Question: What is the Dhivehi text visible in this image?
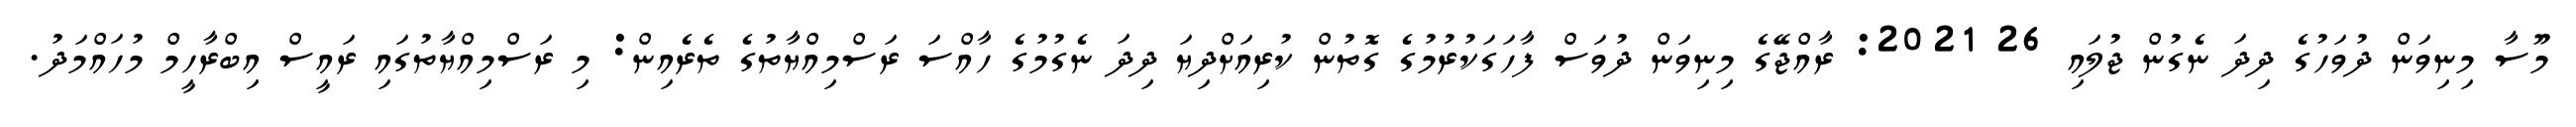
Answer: މޫސާ މިނިވަން ދުވަހުގެ ދިދަ ނެގުން ޖުލައި 26 2021: ރާއްޖޭގެ މިނިވަން ދުވަސް ފާހަގަކުރުމުގެ ގޮތުން ކުރިއަށްދިޔަ ދިދަ ނެގުމުގެ ހާއްސަ ރަސްމިއްޔާތުގެ ތެރެއިން: މި ރަސްމިއްޔާތުގައި ރައީސް އިބްރާހީމް މުހައްމަދު.